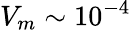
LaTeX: V_{m}\sim 10^{-4}